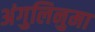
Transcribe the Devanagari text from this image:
अंगुलिनुमा